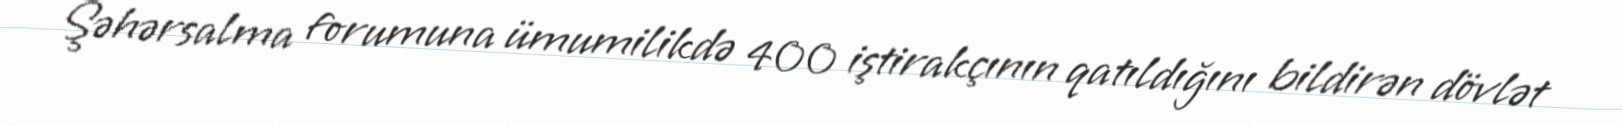
Şəhərsalma forumuna ümumilikdə 400 iştirakçının qatıldığını bildirən dövlət